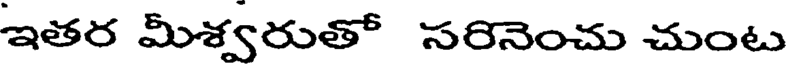
ఇతర మీశ్వరుతో సరినెంచు చుంట